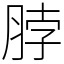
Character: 脖